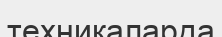
техникаларда